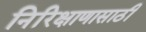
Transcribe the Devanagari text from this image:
निरिक्षाणासाठी